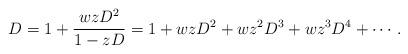
LaTeX: \begin{align*} D = 1 + \frac{w z D^2}{1 - z D} = 1 + w z D^2 + w z^2 D^3 + w z^3 D^4 + \cdots.\end{align*}